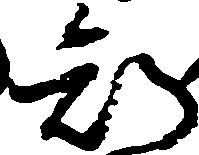
知